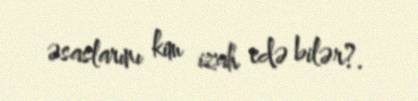
əsaslarını kim izah edə bilər?.